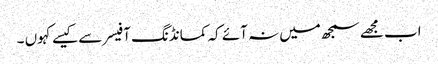
اب مجھے سمجھ میں نہ آئے کہ کمانڈنگ آفیسر سے کیسے کہوں ۔